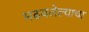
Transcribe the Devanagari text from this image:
मढवलेल्याचा